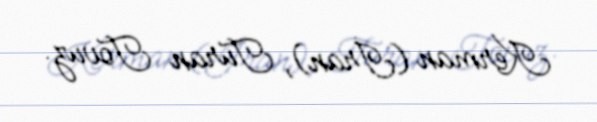
Kerman (İran), Turan Tovuz.